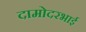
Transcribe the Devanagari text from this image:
दामोदरभाई